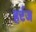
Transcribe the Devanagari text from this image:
हर्टज